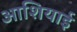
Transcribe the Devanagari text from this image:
आशियाई